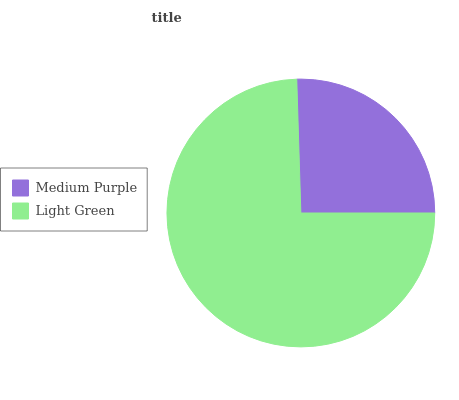
| Medium Purple | Light Green |
 | --- | --- |
 | 25.5% | 74.5% |